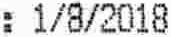
: 1/8/2018